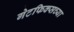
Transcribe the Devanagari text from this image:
गेटफिक्सच्या